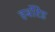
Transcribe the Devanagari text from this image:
हर्बोरेड